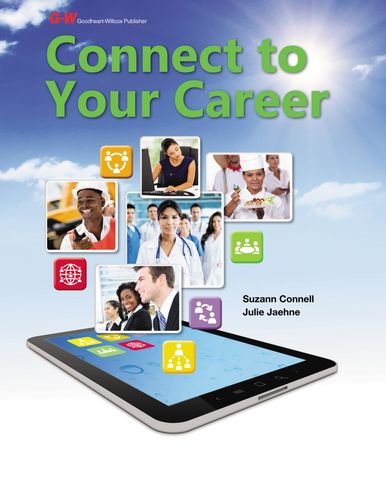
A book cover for Connect to Your Career; Suzann Connell; Business & Money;